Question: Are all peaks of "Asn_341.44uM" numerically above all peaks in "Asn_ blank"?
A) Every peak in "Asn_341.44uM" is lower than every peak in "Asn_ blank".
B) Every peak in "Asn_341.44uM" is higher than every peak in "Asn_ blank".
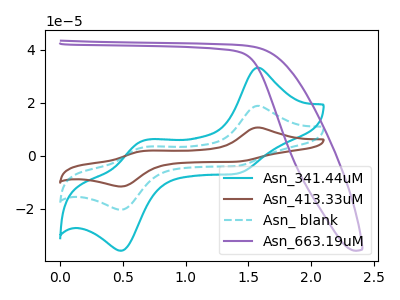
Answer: <think>The cyan curve "Asn_341.44uM" has anodic peaks at (1.55V, 33.30uA) (0.65V, 5.80uA) and cathodic peaks at (1.40V, -6.75uA) (0.50V, -35.75uA). The brown curve "Asn_413.33uM" has anodic peaks at (1.55V, 37.80uA) (0.65V, 6.60uA) and cathodic peaks at (1.40V, -7.70uA) (0.50V, -40.55uA). The cyan dashed curve "Asn_ blank" has anodic peaks at (1.55V, 18.90uA) (0.65V, 3.30uA) and cathodic peaks at (1.40V, -3.85uA) (0.50V, -20.30uA). The purple curve "Asn_663.19uM" has no peaks.</think>
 <answer>B) Every peak in "Asn_341.44uM" is higher than every peak in "Asn_ blank".</answer>
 <eval>B</eval>